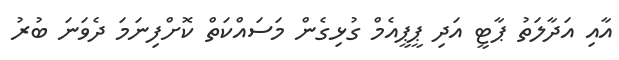
އާއި އަދާލަތު ޕާޓީ އަދި ޕީޕީއެމް ގުޅިގެން މަސައްކަތް ކޮށްފިނަމަ ދެވަނަ ބުރު